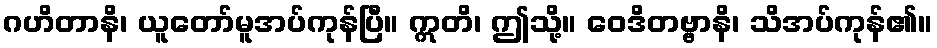
ဂဟိတာနိ၊ ယူတော်မူအပ်ကုန်ပြီ။ ဣတိ၊ ဤသို့။ ဝေဒိတဗ္ဗာနိ၊ သိအပ်ကုန်၏။